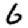
Digit: 6